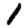
Digit: 1